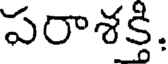
పరాశక్తి.